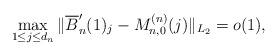
LaTeX: \begin{align*} \max_{1 \le j \le d_n} \| \overline{B}_n'(1)_j - M_{n,0}^{(n)}(j) \|_{L_2} = o(1),\end{align*}